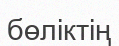
бөліктің